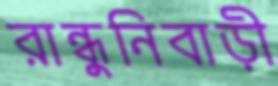
রান্ধুনিবাড়ী